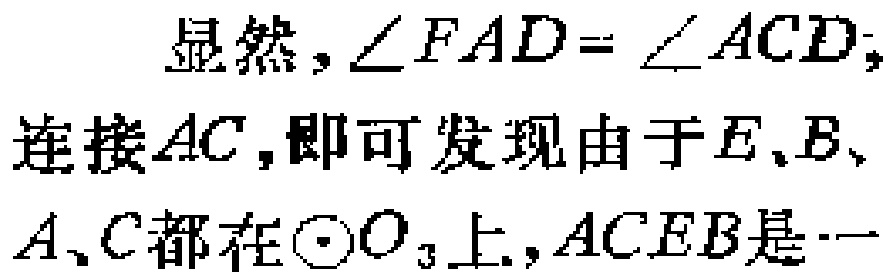
显然，\(\angle FAD = \angle ACD\)；
连接\(AC\)，即可发现由于\(E、B、
A、C\)都在\(\odot O_{3}\)上，\(ACEB\)是一